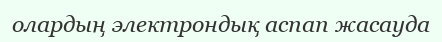
олардың электрондық аспап жасауда